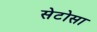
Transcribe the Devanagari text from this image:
सेटोसा